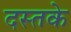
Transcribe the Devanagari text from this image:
दस्तके